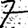
Digit: 7